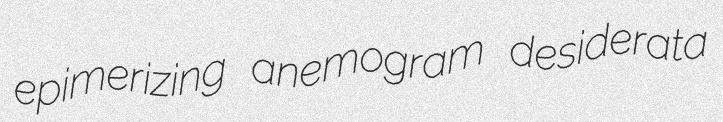
epimerizing anemogram desiderata